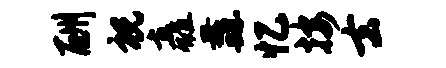
酬祝矗纛忆按去